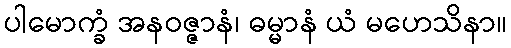
ပါမောက္ခံ အနဝဇ္ဇာနံ၊ ဓမ္မာနံ ယံ မဟေသိနာ။